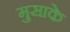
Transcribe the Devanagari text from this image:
मुसाके